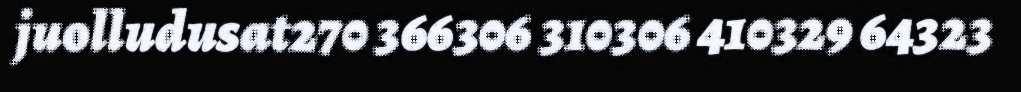
juolludusat270 366306 310306 410329 64323